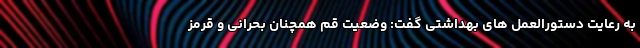
به رعایت دستورالعمل های بهداشتی گفت: وضعیت قم همچنان بحرانی و قرمز